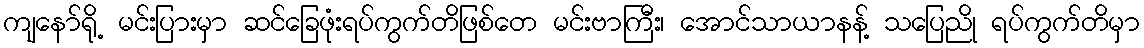
ကျနော်ရို့ မင်းပြားမှာ ဆင်ခြေဖုံးရပ်ကွက်တိဖြစ်တေ မင်းဗာကြီး၊ အောင်သာယာနန့် သပြေညို ရပ်ကွက်တိမှာ